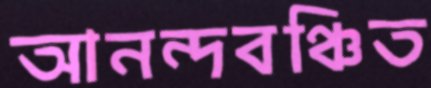
আনন্দবঞ্চিত